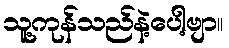
သူ့ကုန်သည်နဲ့ပေါ့ဗျာ။